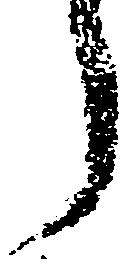
う